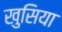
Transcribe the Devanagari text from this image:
खुसिया